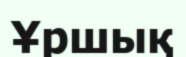
Ұршық